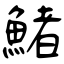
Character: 鯺